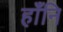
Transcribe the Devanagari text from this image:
हाँनि